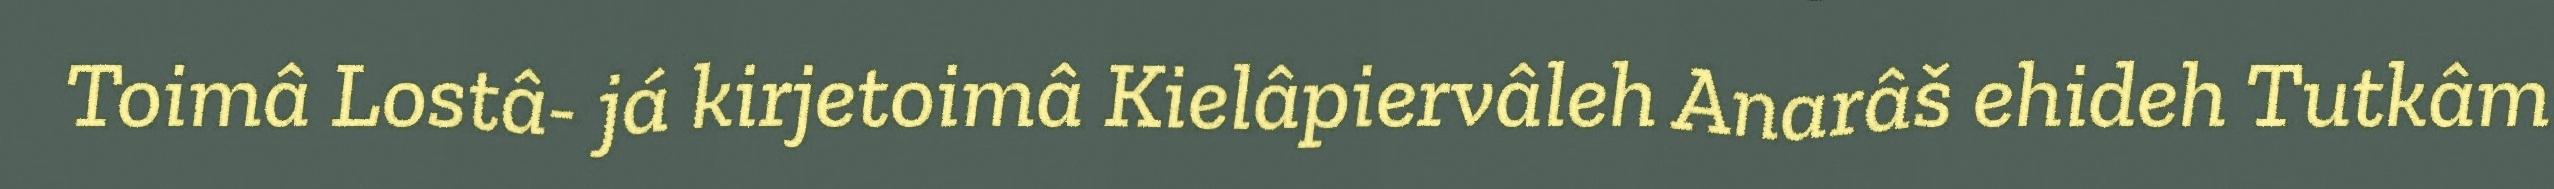
Toimâ Lostâ- já kirjetoimâ Kielâpiervâleh Anarâš ehideh Tutkâm